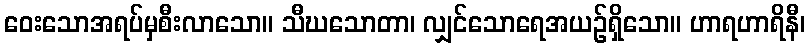
ဝေးသောအရပ်မှစီးလာသော။ သီဃသောတာ၊ လျှင်သောရေအယဉ်ရှိသော။ ဟာရဟာရိနီ၊